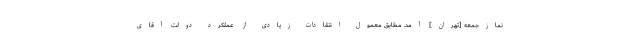
نمازجمعه [تهران] آمد. مطابق معمول انتقادات زیادى از عملكرد دولت آقاى